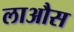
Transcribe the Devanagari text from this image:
लाऔस